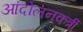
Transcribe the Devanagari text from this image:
आंदोलनकर्त्री